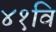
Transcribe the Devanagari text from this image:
४१वि